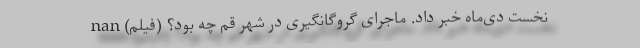
نخست دی‌ماه خبر داد. ماجرای گروگانگیری در شهر قم چه بود؟ (فیلم) nan